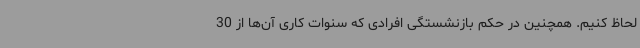
لحاظ کنیم. همچنین در حکم بازنشستگی افرادی که سنوات کاری آن‌ها از 30